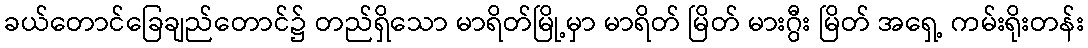
ခယ်တောင်ခြေချည်တောင်၌ တည်ရှိသော မာရိတ်မြို့မှာ မာရိတ် မြိတ် မားဂွီး မြိတ် အရှေ့ ကမ်းရိုးတန်း